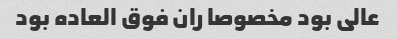
عالی بود مخصوصا ران فوق العاده بود